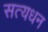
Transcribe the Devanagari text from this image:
सत्यधन